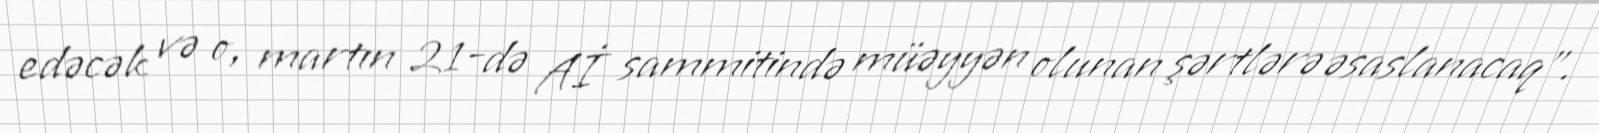
edəcək və o, martın 21-də Aİ sammitində müəyyən olunan şərtlərə əsaslanacaq".